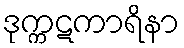
ဒုက္ကဋကာရိနာ